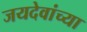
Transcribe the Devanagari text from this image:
जयदेवांच्या